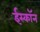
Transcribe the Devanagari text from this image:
ईस्काॅन